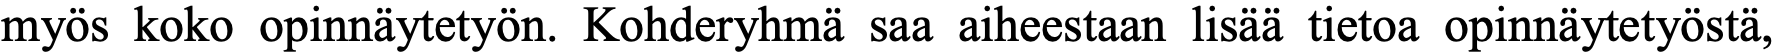
myös koko opinnäytetyön. Kohderyhmä saa aiheestaan lisää tietoa opinnäytetyöstä,